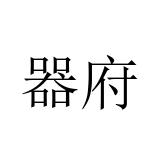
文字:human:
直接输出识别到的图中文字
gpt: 器府